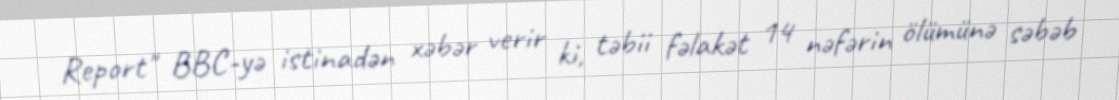
Report" BBC-yə istinadən xəbər verir ki, təbii fəlakət 14 nəfərin ölümünə səbəb